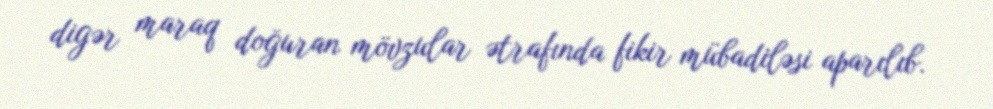
digər maraq doğuran mövzular ətrafında fikir mübadiləsi aparılıb.